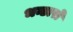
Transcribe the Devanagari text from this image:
भन्डारो